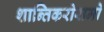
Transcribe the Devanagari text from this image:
शान्तिकरोरामो